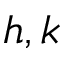
h , k